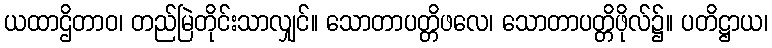
ယထာဌိတာဝ၊ တည်မြဲတိုင်းသာလျှင်။ သောတာပတ္တိဖလေ၊ သောတာပတ္တိဖိုလ်၌။ ပတိဋ္ဌာယ၊